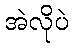
အဲလိုပဲ